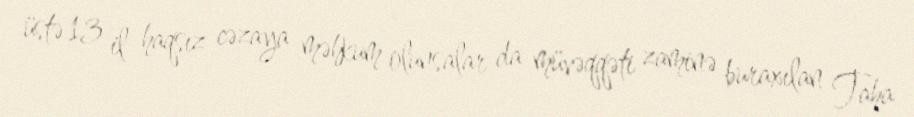
üstə 13 il haqsız cəzaya məhkum olunsalar da müvəqqəti zaminə buraxılan Taha